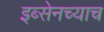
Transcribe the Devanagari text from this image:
इब्सेनच्याच